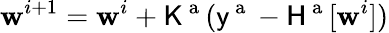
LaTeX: \boldsymbol{\mathbf{w}}^{i+1}=\boldsymbol{\mathbf{w}}^{i}+\mathsf{{K}}^{\mathrm{{~a~}}}(\mathsf{{y}}^{\mathrm{{~a~}}}-\mathsf{{H}}^{\mathrm{{~a~}}}[\boldsymbol{\mathbf{w}}^{i}])